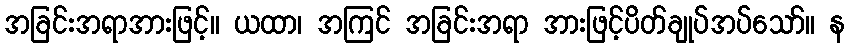
အခြင်းအရာအားဖြင့်။ ယထာ၊ အကြင် အခြင်းအရာ အားဖြင့်ပိတ်ချုပ်အပ်သော်။ န